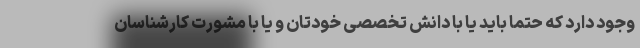
وجود دارد که حتما باید یا با دانش تخصصی خودتان و یا با مشورت کارشناسان